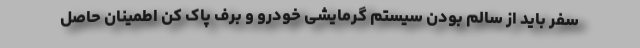
سفر باید از سالم بودن سیستم گرمایشی خودرو و برف پاک کن اطمینان حاصل